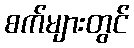
စက်များတွင်